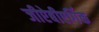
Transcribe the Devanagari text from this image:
जीऐबीएर्गिक